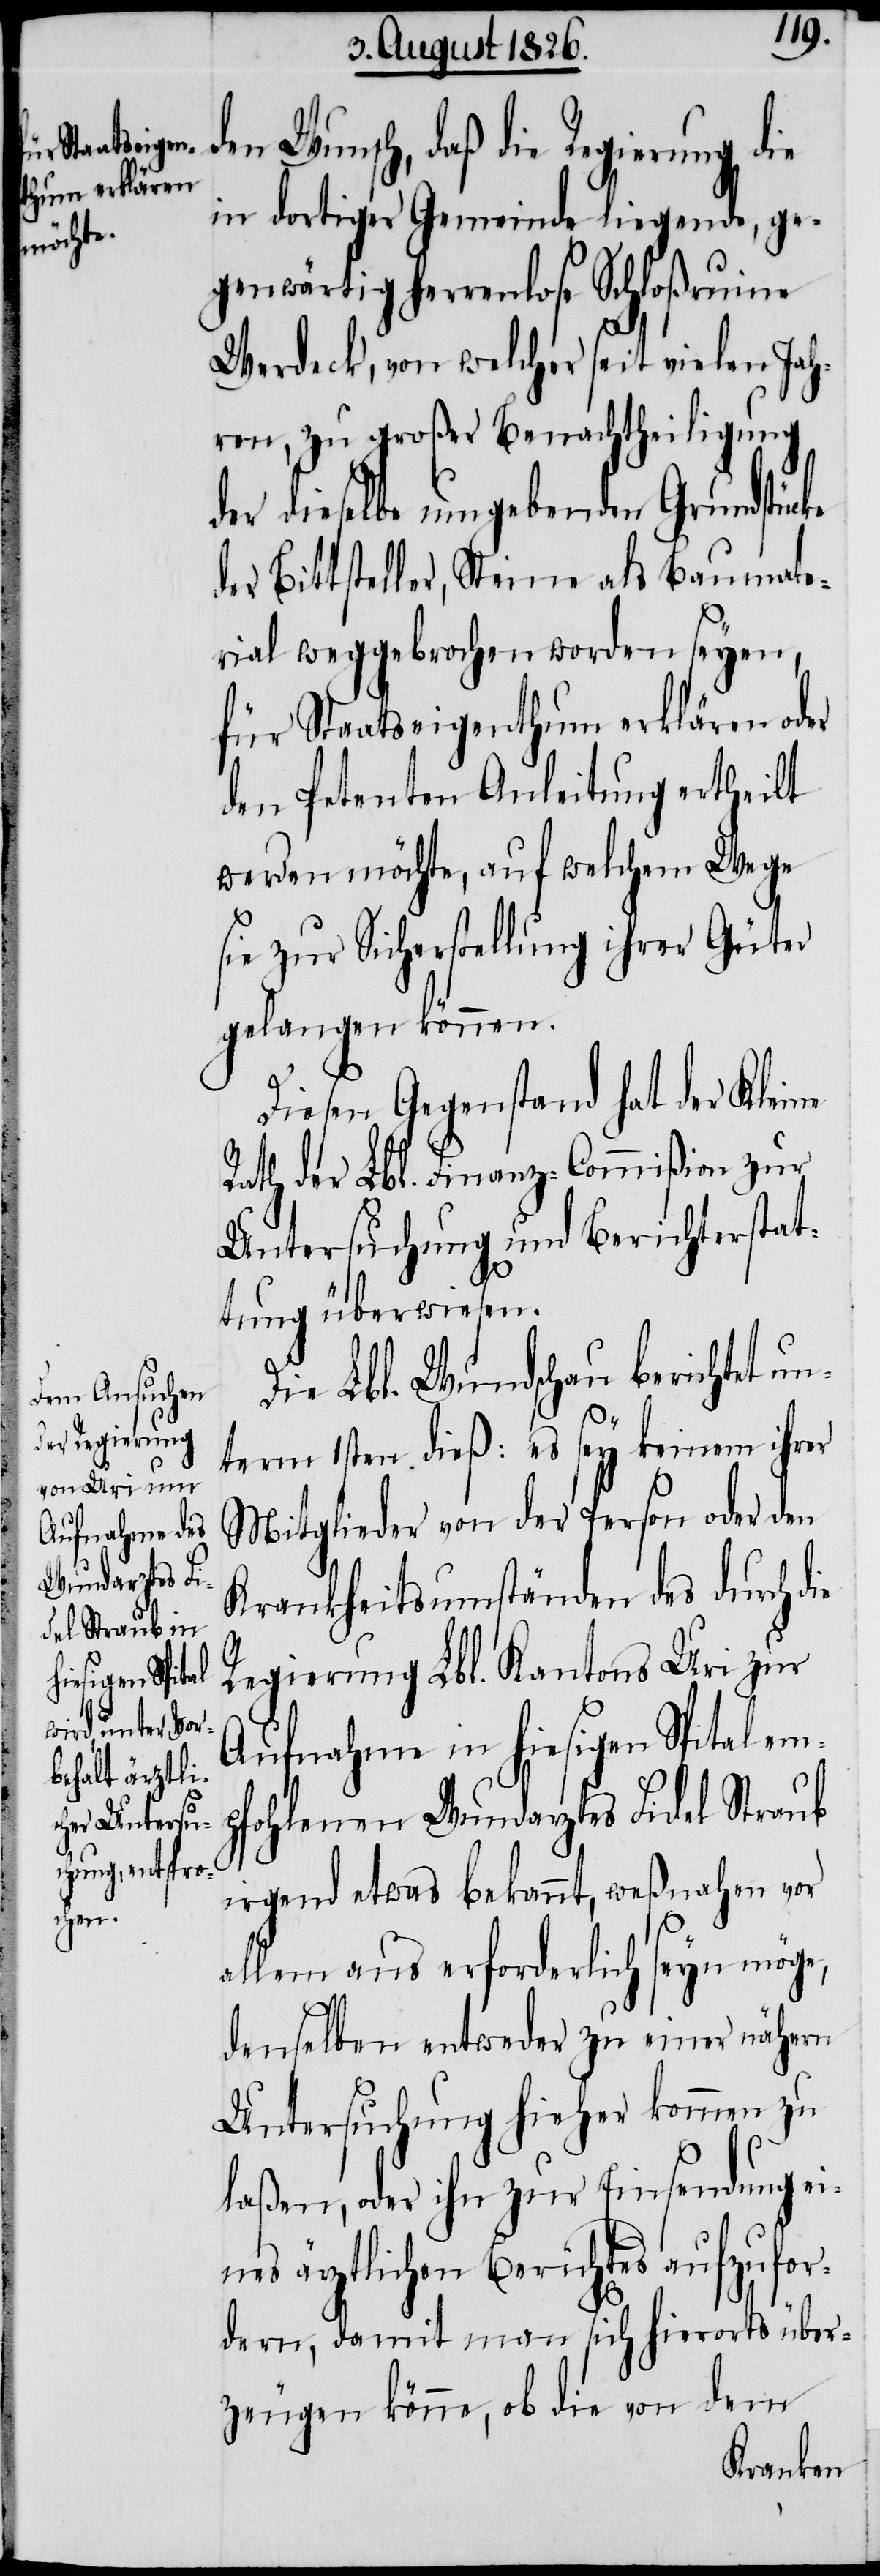
den Wunsch, daß die Regierung die
in dortiger Gemeinde liegende, ge¬
genwärtig herrenlose Schloßruine
Werdeck, von welcher seit vielen Jah¬
ren, zu großer Benachtheiligung
der dieselbe umgebenden Grundstücke
der Bittsteller, Steine als Baumate¬
rial weggebrochen worden seyen,
für Staatseigenthum erklären oder
den Petenten Anleitung ertheilt
werden möchte, auf welchem Wege
sie zur Sicherstellung ihrer Güter
gelangen können.
Diesen Gegenstand hat der Kleine
Rath der Lbl. Finanz-Commißion zur
Untersuchung und Berichtserstat¬
tung überwiesen.
Die Lbl. Wundschau berichtet un¬
term 1sten dieß: es sey keinem ihrer
Mitglieder von der Person oder den
Krankheitsumständen des durch die
Regierung Lbl. Kantons Uri zur
Aufnahme in hiesigen Spital em¬
pfohlenen Wundarztes Fidel Straub
irgend etwas bekannt, wesnahen vor
allem aus erforderlich seyn möge,
denselben entweder zu einer nähern
Untersuchung hieher kommen zu
laßen, oder ihn zur Einsendung ei¬
nes ärztlichen Berichtes aufzufor¬
dern, damit man sich hierorts über¬
zeugen könne, ob die von dem